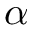
\alpha